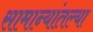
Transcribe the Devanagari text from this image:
सामान्यांतल्या